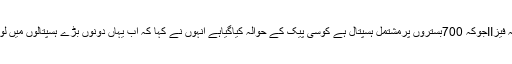
ہسپتال میں انتظار گاہ اور مسجد کابھی انتظام کیاگیا، انہوں نے کہا کہ فیزIIجوکہ 700بستروں پرمشتمل ہسپتال ہے کوسی پیک کے حوالہ کیاگیاہے انہوں نے کہا کہ اب یہاں دونوں بڑے ہسپتالوں میں لوگوں کو جدید تقاضوں کے مطابق طبی سہولیات فراہم کی جارہی ہے۔